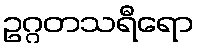
ဥဂ္ဂတသရီရော